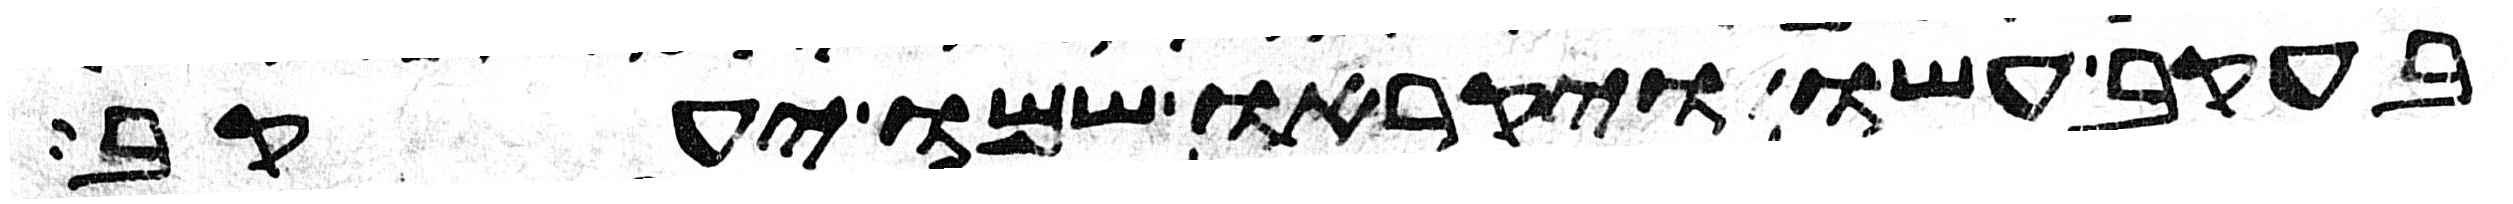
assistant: בעקב עשו ויקראו שמו יעקב